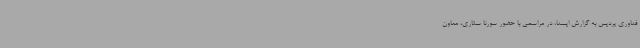
فناوری پردیس به گزارش ایسنا، در مراسمی با حضور سورنا ستاری، معاون